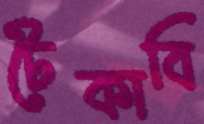
টেকাবি